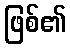
ဖြစ်၏